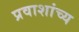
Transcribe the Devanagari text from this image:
प्रवाशांच्य